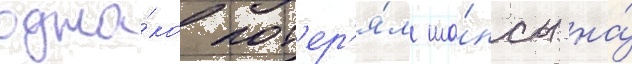
одна́ко пот'ер'я́л ша́нсы на́